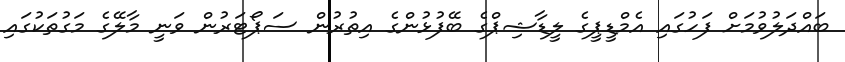
ބައްދަލުވުމަށް ފަހުގައި އެމްޑީޕީގެ ލީޑާޝިޕްގެ ބޭފުޅުންގެ އިތުރުން ސަޕޯޓަރުން ވަނީ މާލޭގެ މަގުތަކުގައި